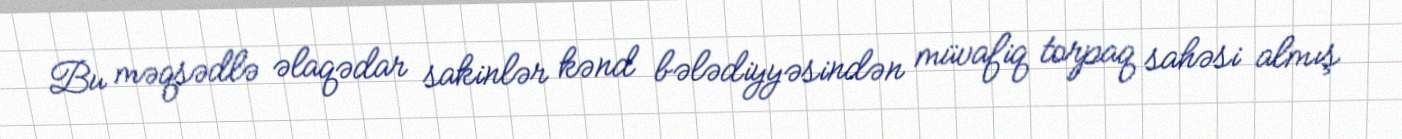
Bu məqsədlə əlaqədar sakinlər kənd bələdiyyəsindən müvafiq torpaq sahəsi almış